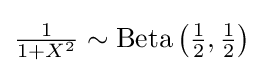
{\tfrac {1}{1+X^{2}}}\sim \operatorname {Beta} \left({\tfrac {1}{2}},{\tfrac {1}{2}}\right)